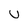
Character: u